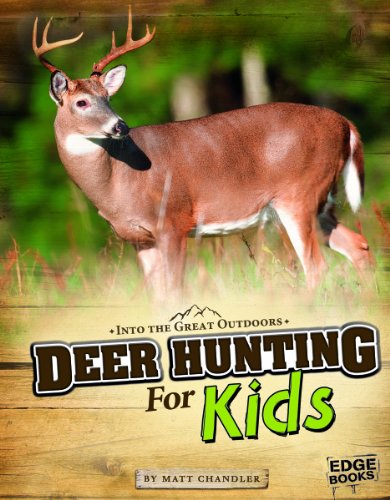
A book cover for Deer Hunting for Kids (Into the Great Outdoors); Matt Chandler; Children's Books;